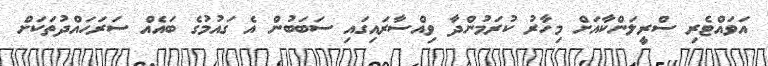
އަވައްޓެރި ސްރީލަންކާއަށް މިހާރު ކުރަމުންދާ ވިއްސާރައިގައި ސަބަބުން އެ ގައުމުގެ ބައެއް ސަރަހައްދުތަކަށް